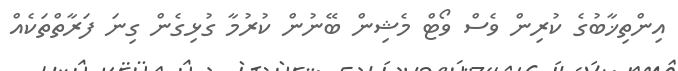
އިންތިޚާބުގެ ކުރިން ވެސް ވޯޓް މެޝިން ބޭނުން ކުރުމާ ގުޅިގެން ގިނަ ފަރާތްތަކެއް